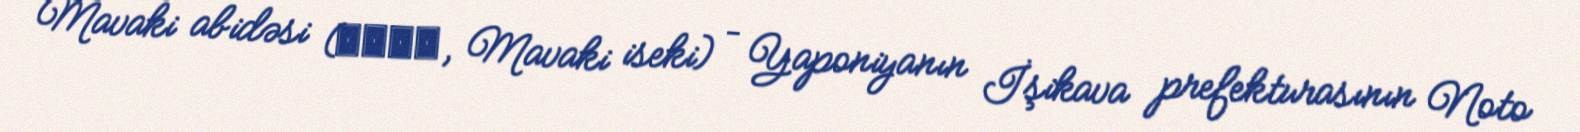
Mavaki abidəsi (真脇遺跡, Mavaki iseki) – Yaponiyanın İşikava prefekturasının Noto